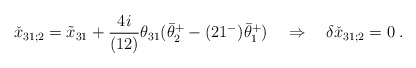
\begin{align*}\check x_{31;2} = \tilde x_{31} + {4i\over (12)}\theta_{31}(\bar\theta^+_2-(21^-)\bar\theta^+_1)\quad \Rightarrow \quad \delta\check x_{31;2} = 0 \;.\end{align*}